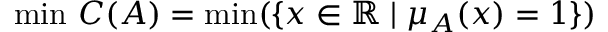
\operatorname* { m i n } \, C ( A ) = \operatorname* { m i n } ( \{ x \in \mathbb { R } \mid \mu _ { A } ( x ) = 1 \} )